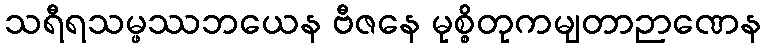
သရီရသမ္ဖဿဘယေန ဗီဇနေ မုစ္စိတုကမျတာဉာဏေန